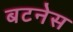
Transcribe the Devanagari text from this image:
बटनेस